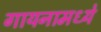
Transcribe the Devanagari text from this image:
गायनामध्ये